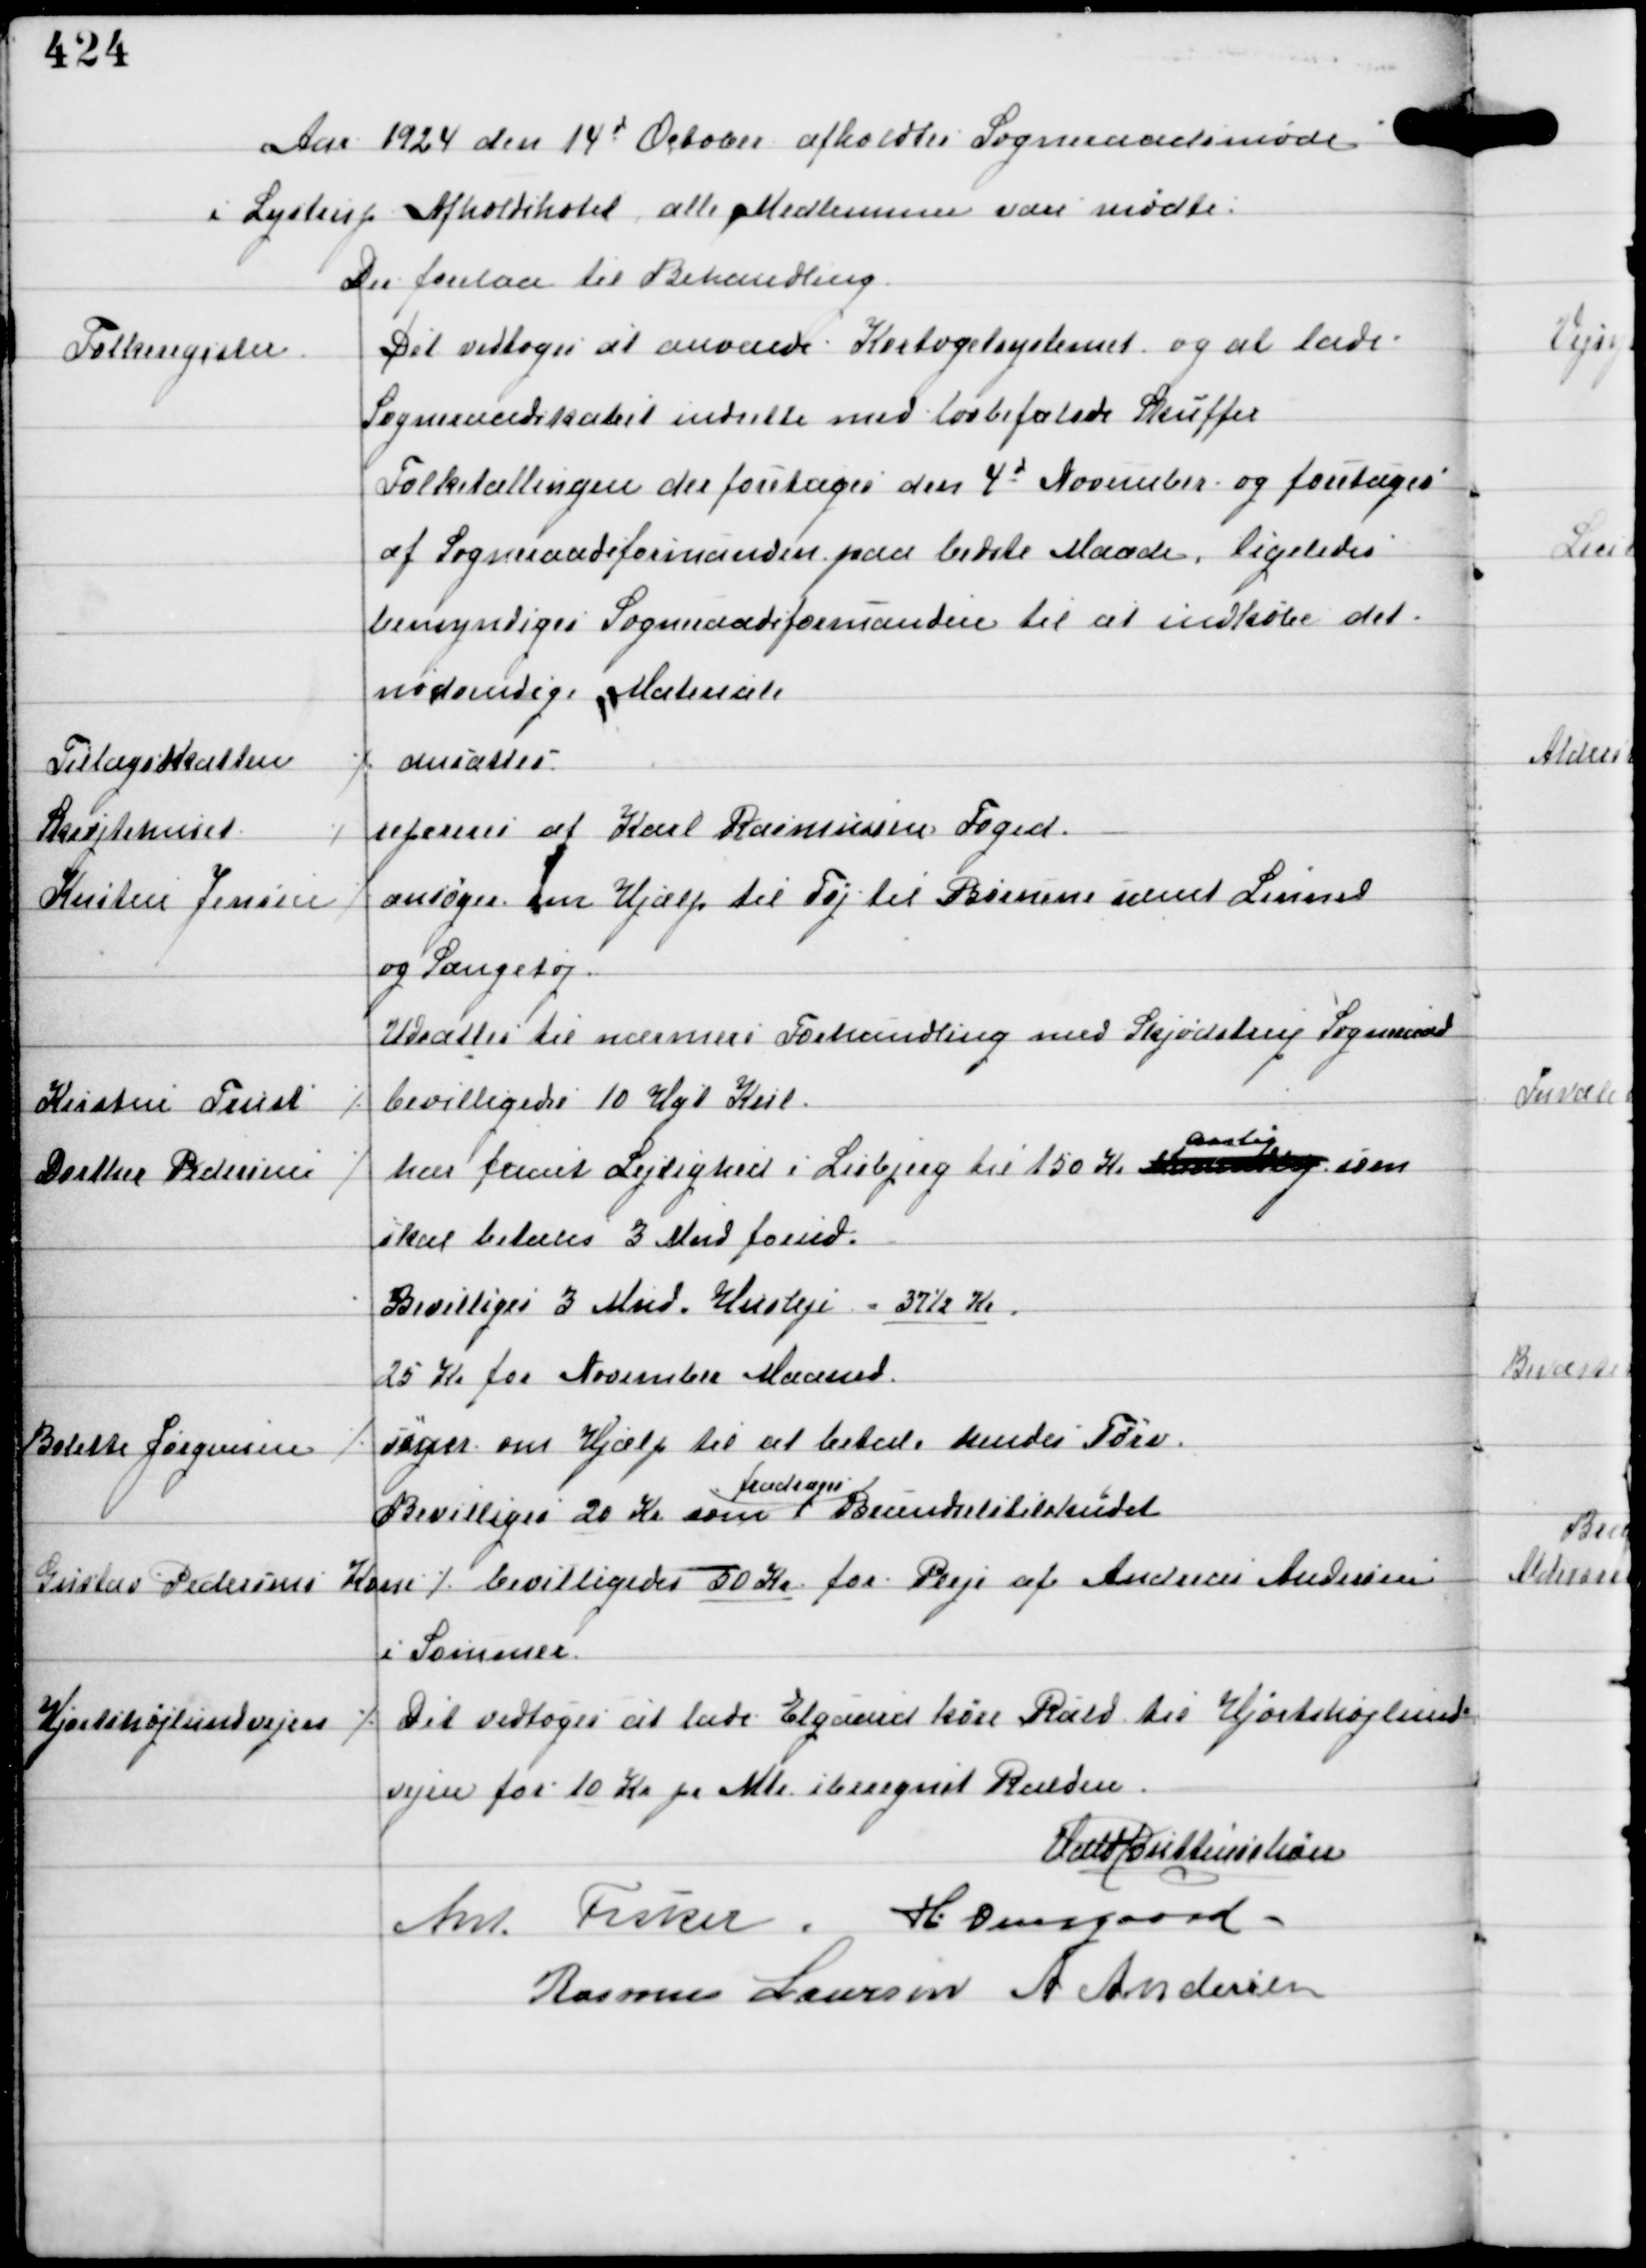
Transskription:
Aar 1924 den 14d October afholdtes Sogneraadsmøde
i Lystrup Afholdshotel alle Medlemmer vare mødte.
Der forelaa til Behandling.

Folkeregister

Det vedtoges at anvende Kartogelsystemet og at lade
Sogneraadskabet indrette med lovbefalede Skuffer
Folketællingen der foretages den 4d November og foretages
af Sogneraadsformanden paa bedste Maade, ligeledes
bemyndiges Sogneraadsformanden til at indkøbe det
nødvendige Materiale

Tillægsskatten

⁒ ansattes

Skøjtehuset

⁒ repareres af Karl Rasmussen Foged.

Kirsten Jensen

⁒ ansøger om Hjælp til Tøj til Børnene samt Linned
og Sængetøj.
Udsattes til nærmere Forhandling med Skødstrup Sogneraad

Kirstine Trust

⁒ bevilligedes 10 Ugl Kul

Dorthea Pedersen

⁒ har faaet Lejlighed i Lisbjerg til 150 Kr Maanedlig
aarlig
som
skal betales 3 Mnd forud.
Bevilliges 3 Mnd Husleje = 37½ Kr
25 Kr for November Maaned.

Bolette Jørgensen

⁒ søger om Hjælp til at betale hendes Tørv
Bevilliges 20 Kr som
fradrages
Brændselstilskudet

Gustav Pedersens Kone
⁒ bevilligedes 50 Kr for Pleje af Andreas Andersen
i Sommer.

Hjortshøjlundvejen

⁒ Det vedtoges at lade Elgaard køre Rald til Hjortshøjlund-
vejen for 10 Kr pr Mte iberegnet Ralden.

Vald Buttenschøn
Ant Fisker H Overgaard
Rasmus Laursen A Andersen